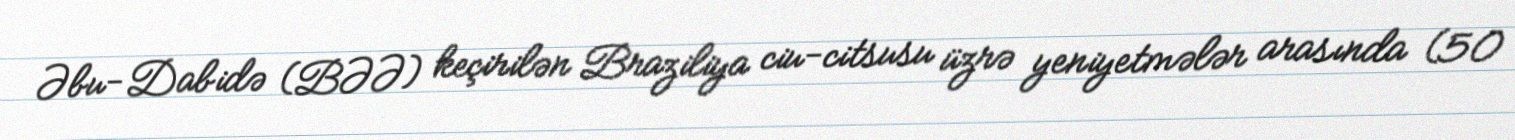
Əbu-Dabidə (BƏƏ) keçirilən Braziliya ciu-citsusu üzrə yeniyetmələr arasında (50